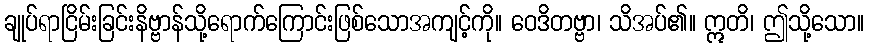
ချုပ်ရာငြိမ်းခြင်းနိဗ္ဗာန်သို့ရောက်ကြောင်းဖြစ်သောအကျင့်ကို။ ဝေဒိတဗ္ဗာ၊ သိအပ်၏။ ဣတိ၊ ဤသို့သော။